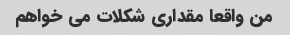
من واقعا مقداری شکلات می خواهم